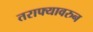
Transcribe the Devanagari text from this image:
तराफ्यावरुन